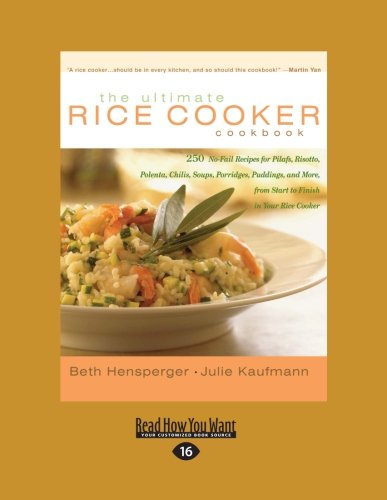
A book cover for The Ultimate Rice Cooker Cookbook (Volume 1 of 2): 250 No-Fail Recipes for Pilafs, Risotto, Polenta, Chilis, Soups, Porridges, Puddings, and More, from Start to Finish in Your Rice Cooker; Beth Hensperger; Cookbooks, Food & Wine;